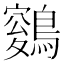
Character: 𪄑